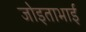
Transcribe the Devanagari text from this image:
जोइताभाई